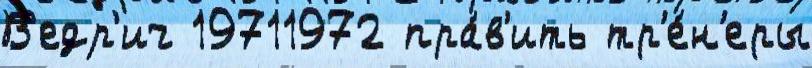
В'едр'ич 19711972 пра́в'ить тр'е́н'еры